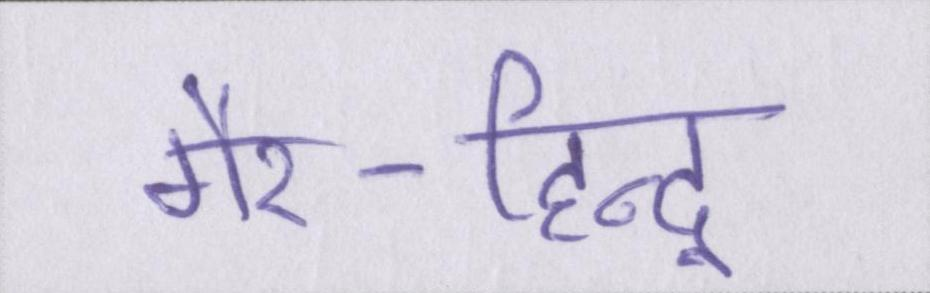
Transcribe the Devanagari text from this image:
गैर-हिन्दू